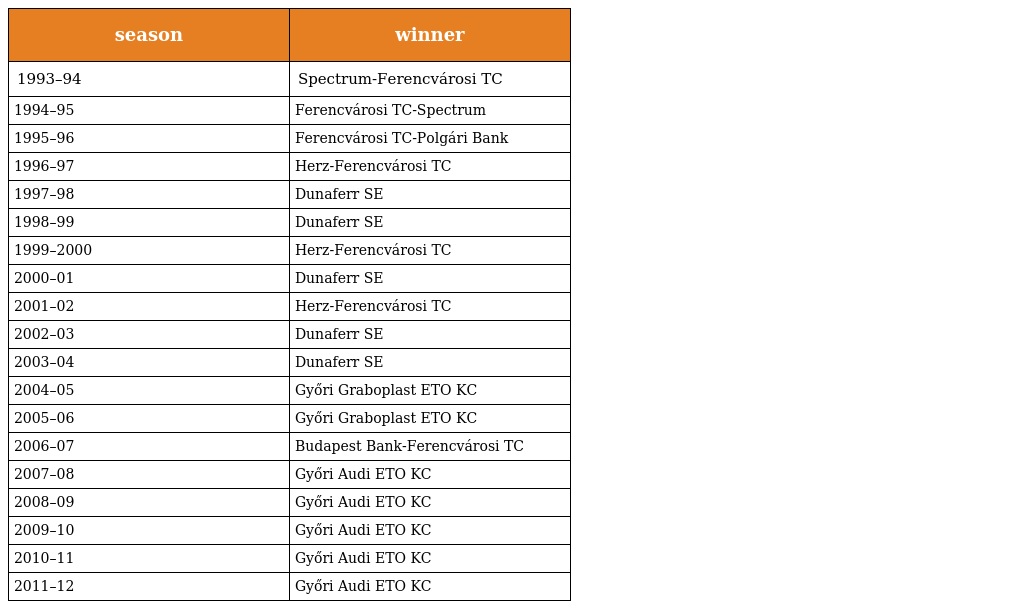
| season | winner |
 | --- | --- |
 | 1993–94 | Spectrum-Ferencvárosi TC |
 | 1994–95 | Ferencvárosi TC-Spectrum |
 | 1995–96 | Ferencvárosi TC-Polgári Bank |
 | 1996–97 | Herz-Ferencvárosi TC |
 | 1997–98 | Dunaferr SE |
 | 1998–99 | Dunaferr SE |
 | 1999–2000 | Herz-Ferencvárosi TC |
 | 2000–01 | Dunaferr SE |
 | 2001–02 | Herz-Ferencvárosi TC |
 | 2002–03 | Dunaferr SE |
 | 2003–04 | Dunaferr SE |
 | 2004–05 | Győri Graboplast ETO KC |
 | 2005–06 | Győri Graboplast ETO KC |
 | 2006–07 | Budapest Bank-Ferencvárosi TC |
 | 2007–08 | Győri Audi ETO KC |
 | 2008–09 | Győri Audi ETO KC |
 | 2009–10 | Győri Audi ETO KC |
 | 2010–11 | Győri Audi ETO KC |
 | 2011–12 | Győri Audi ETO KC |